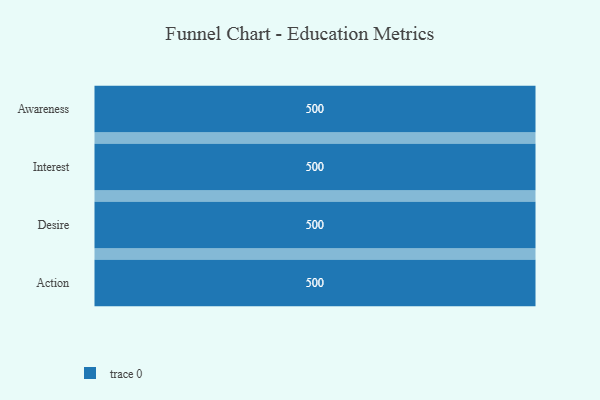
{"axis": {"x": "Stage", "y": "Value"}, "legend": [""], "data": [{"x": "Awareness", "y": 500, "type": ""}, {"x": "Interest", "y": 500, "type": ""}, {"x": "Desire", "y": 500, "type": ""}, {"x": "Action", "y": 500, "type": ""}]}